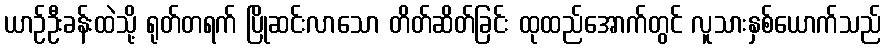
ယာဉ်ဦးခန်းထဲသို့ ရုတ်တရက် ပြိုဆင်းလာသော တိတ်ဆိတ်ခြင်း ထုထည်အောက်တွင် လူသားနှစ်ယောက်သည်